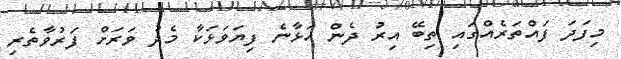
މިފަދަ ފައްތަރެއްގައި ތިބޭ އިރު ދެން އަޅާނެ ފިޔަވަޅަކާ މެދު ވަރަށް ފަރުވާތެރި